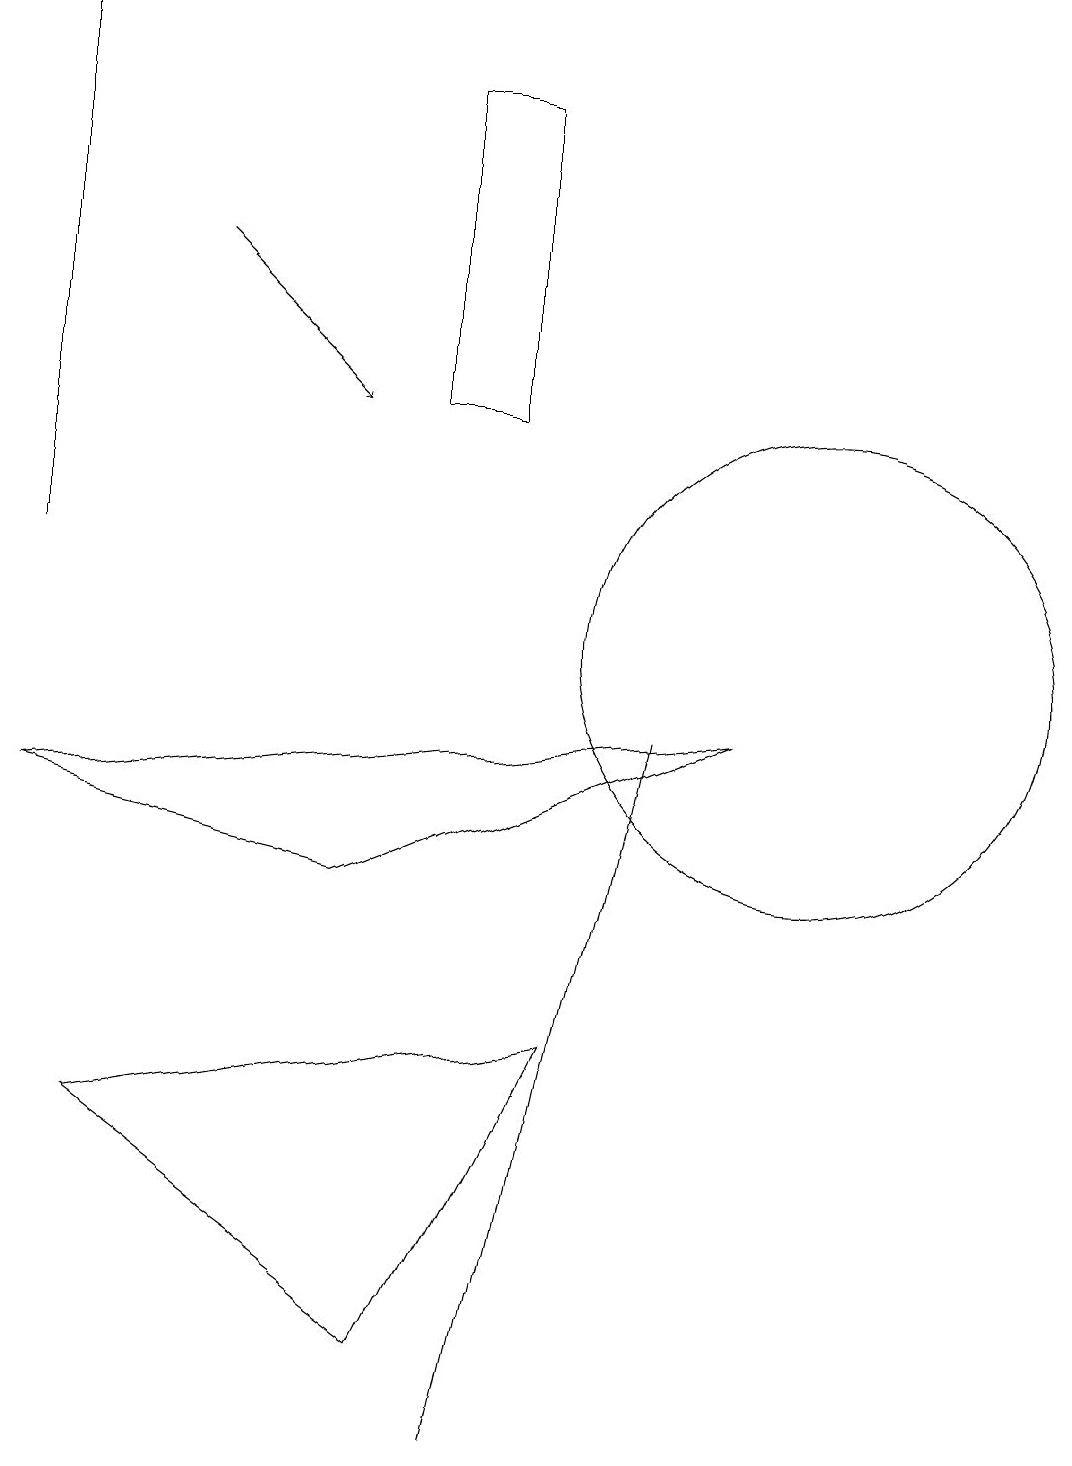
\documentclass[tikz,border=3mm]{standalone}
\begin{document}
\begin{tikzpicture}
\draw (5,1) -- (1,4) -- (7,5) -- cycle;
\draw[->] (2,15) -- (4,13);
\draw (4,7) -- (0,8) -- (9,9) -- cycle;
\draw (10,10) circle (3);
\draw (8,9) -- (6,0) -- (6,0) -- cycle;
\draw[->] (0,11) -- (0,18);
\draw (5,13) rectangle (6,17);
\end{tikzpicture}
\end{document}